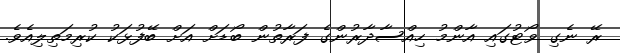
ރޭ ނެގި ވޯޓުގައި އާންމު ހިއްސާދާރުންގެ ފަރާތުން ބޯޑަށް އަށް ބޭފުޅަކު ކުރިމަތިލިއެވެ.